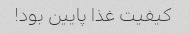
کیفیت غذا پایین بود!